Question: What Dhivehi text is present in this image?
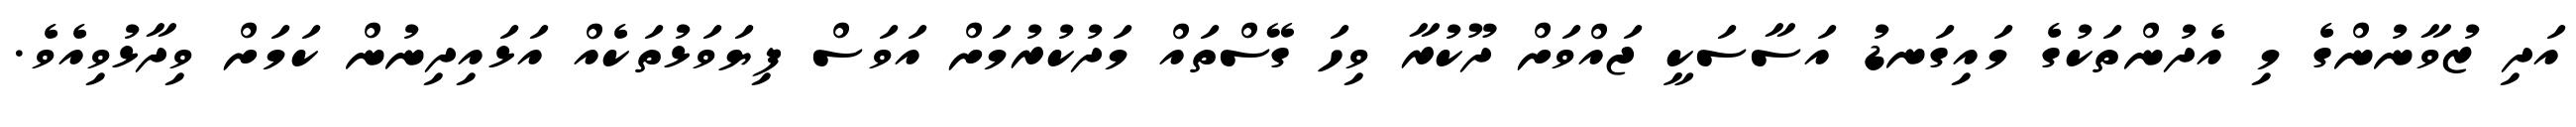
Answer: އަދި ޒުވާނުންގެ މި އެދުންތަކުގެ މައިގަނޑު އަސާސަކީ ޖައްވަށް ދޫކުރާ ވިހަ ގޭސްތައް މަދުކުރުމަށް އަވަސް ފިޔަވަޅުތަކެއް އަޅައިދިނުން ކަމަށް ވިދާޅުވިއެވެ.